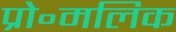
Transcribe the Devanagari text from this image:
प्रो॰मलिक